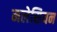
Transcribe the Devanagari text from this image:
मलेसियन